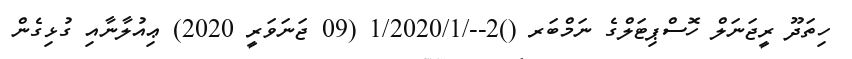
ހިތަދޫ ރީޖަނަލް ހޮސްޕިޓަލްގެ ނަމްބަރ ()2--/1/2020/1 (09 ޖަނަވަރީ 2020) ޢިއުލާނާއި ގުޅިގެން